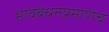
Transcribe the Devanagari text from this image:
भावबंधनप्रमाणेच